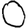
Digit: 0